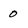
Character: 0